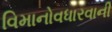
વિમાનોવધારવાની